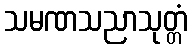
သမဏသညာသုတ္တံ